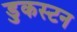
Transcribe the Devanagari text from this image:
डुकस्टन